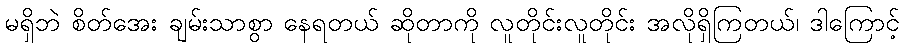
မရှိဘဲ စိတ်အေး ချမ်းသာစွာ နေရတယ် ဆိုတာကို လူတိုင်းလူတိုင်း အလိုရှိကြတယ်၊ ဒါကြောင့်